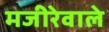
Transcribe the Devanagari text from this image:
मजीरेवाले